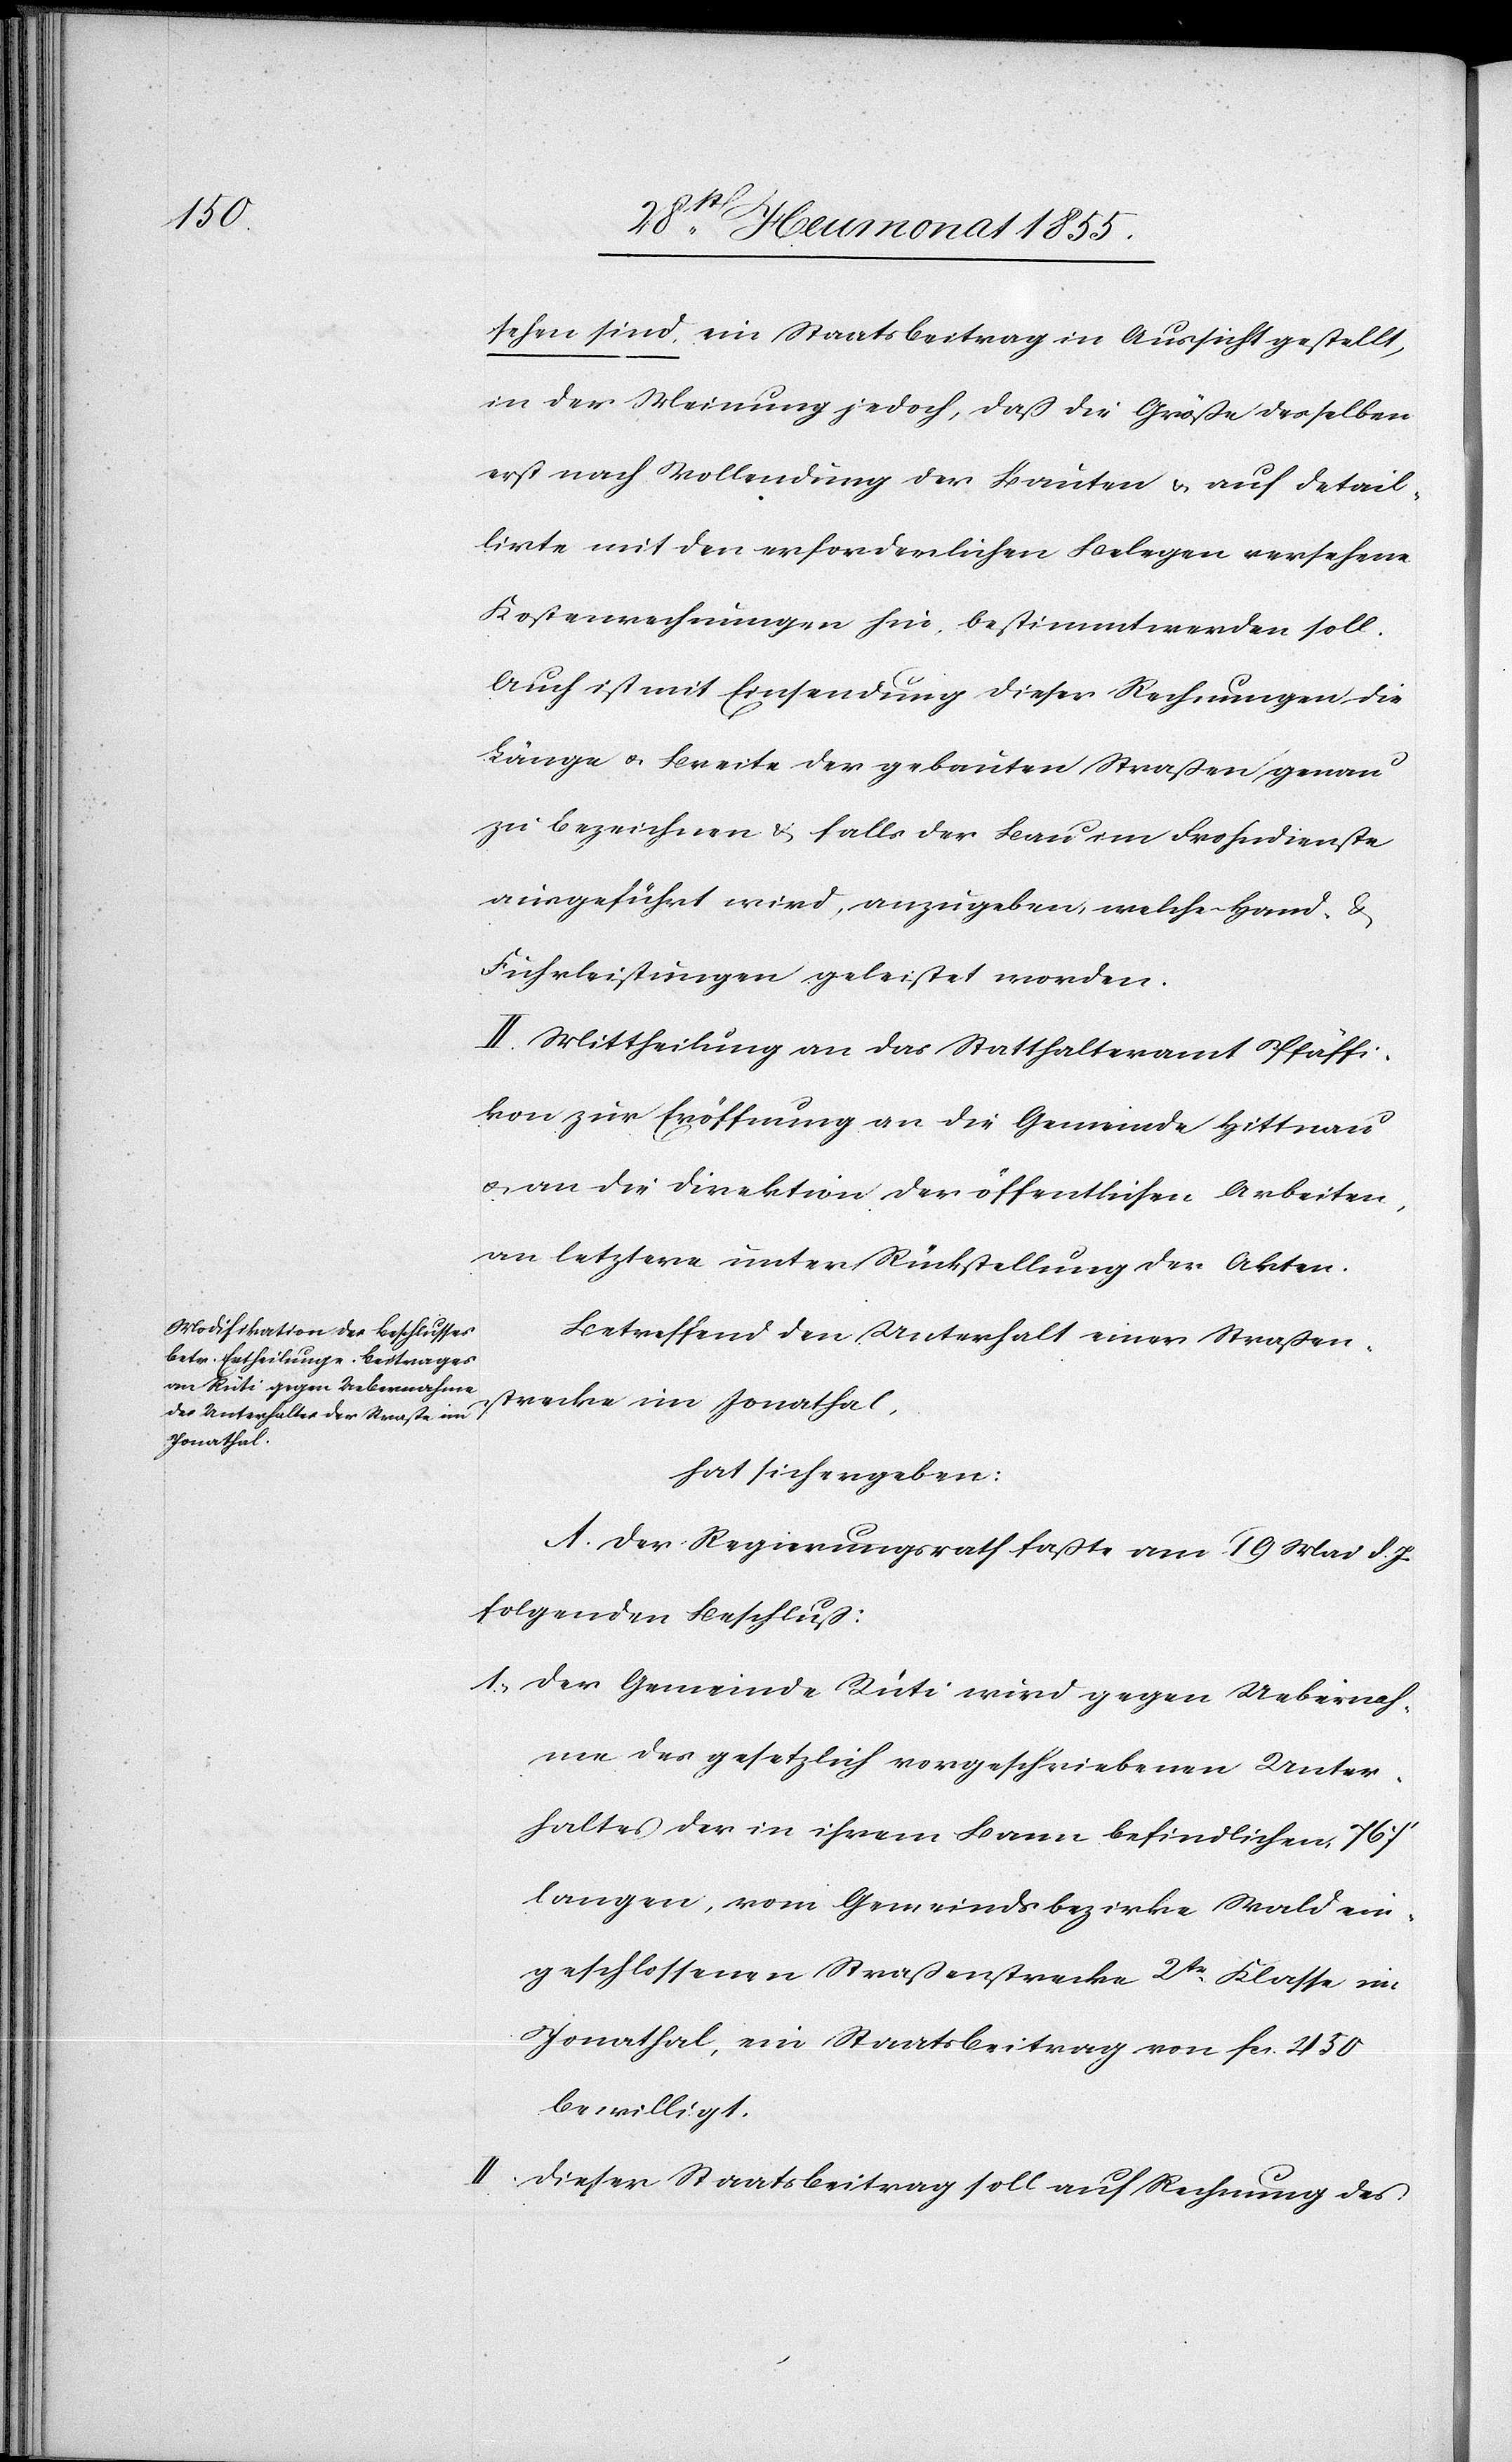
sehen sind, ein Staatsbeitrag in Aussicht gestellt,
in der Meinung jedoch, daß die Größe desselben
erst nach Vollendung der Bauten & auf detail¬
lirte mit den erforderlichen Belegen versehene
Kostenrechnungen hin, bestimmt werden soll.
Auch ist mit Einsendung dieser Rechnungen die
Länge & Breite der gebauten Straßen genau
zu bezeichnen & falls der Bau im Frohndienste
ausgeführt wird, anzugeben, welche Hand- &
Fuhrleistungen geleistet worden.
II. Mittheilung an das Statthalteramt Pfäffi¬
kon zur Eröffnung an die Gemeinde Hittnau
& an die Direktion der öffentlichen Arbeiten,
an letztere unter Rückstellung der Akten.
Betreffend den Unterhalt einer Straßen¬
strecke im Jonathal,
hat sich ergeben:
A. Der Regierungsrath faßte am 19 Mai d. J.
folgenden Beschluß:
I,] Der Gemeinde Rüti wird gegen Uebernah¬
me des gesetzlich vorgeschriebenen Unter¬
haltes der in ihrem Bann befindlichen 767‘
langen, vom Gemeindsbezirke Wald ein¬
geschlossenen Straßenstrecke 2tr. Klasse im
Jonathal, ein Staatsbeitrag von Fcs. 450
bewilligt.
Dieser Staatsbeitrag soll auf Rechnung des